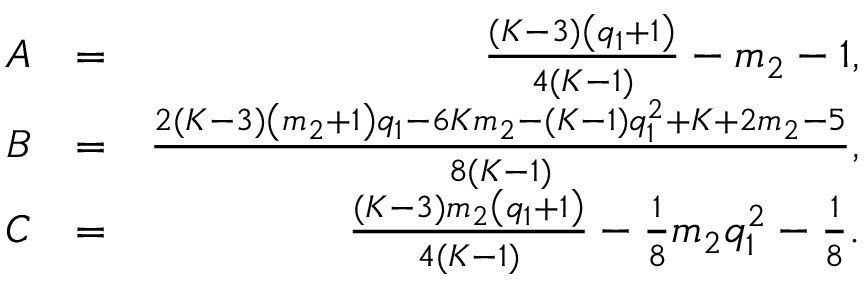
\begin{array} { r l r } { A } & { = } & { \frac { ( K - 3 ) \left( q _ { 1 } + 1 \right) } { 4 ( K - 1 ) } - m _ { 2 } - 1 , } \\ { B } & { = } & { \frac { 2 ( K - 3 ) \left( m _ { 2 } + 1 \right) q _ { 1 } - 6 K m _ { 2 } - ( K - 1 ) q _ { 1 } ^ { 2 } + K + 2 m _ { 2 } - 5 } { 8 ( K - 1 ) } , } \\ { C } & { = } & { \frac { ( K - 3 ) m _ { 2 } \left( q _ { 1 } + 1 \right) } { 4 ( K - 1 ) } - \frac { 1 } { 8 } m _ { 2 } q _ { 1 } ^ { 2 } - \frac { 1 } { 8 } . } \end{array}